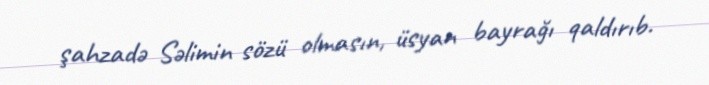
şahzadə Səlimin sözü olmasın, üsyan bayrağı qaldırıb.